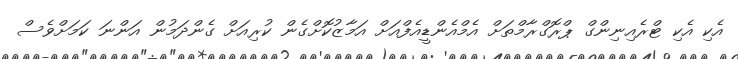
އެކި އެކި ޓްރެއިނިންގް ޕްރޮގްރާމްތަށް އެމްއެންޑީއެފްއަށް އަމާޒުކޮށްގެން ކުރިއަށް ގެންދަމުން އަންނަ ކަމަށްވެސް